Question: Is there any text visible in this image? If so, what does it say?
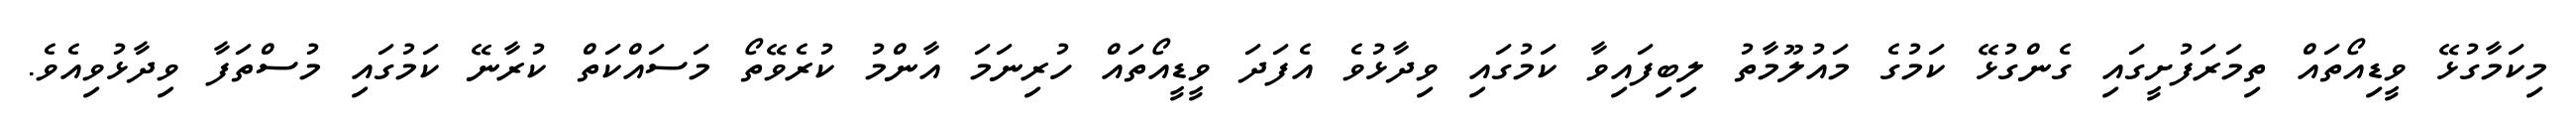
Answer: މިކަމާގުޅޭ ވީޑިއޯތައް ތިމަރަފުށީގައި ގެންގުޅޭ ކަމުގެ މައުލޫމާތު ލިބިފައިވާ ކަމުގައި ވިދާޅުވެ އެފަދަ ވީޑީއޯތައް ހުރިނަމަ އާންމު ކުރެވޭތޯ މަސައްކަތް ކުރާނޭ ކަމުގައި މުސްތަފާ ވިދާޅުވިއެވެ.